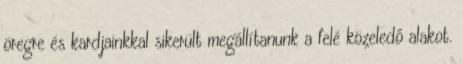
öregre és kardjainkkal sikerült megállítanunk a felé közeledő alakot.